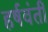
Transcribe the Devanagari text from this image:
हर्षवंती